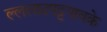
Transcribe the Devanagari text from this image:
ल्ललाटपट्टपावके